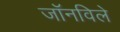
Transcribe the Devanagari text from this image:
जॉनविले